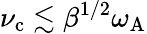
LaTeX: \nu_{\mathrm{c}}\lesssim\beta^{1/2}\omega_{\mathrm{A}}